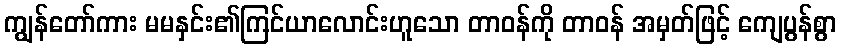
ကျွန်တော်ကား မမနှင်း၏ကြင်ယာလောင်းဟူသော တာဝန်ကို တာဝန် အမှတ်ဖြင့် ကျေပွန်စွာ